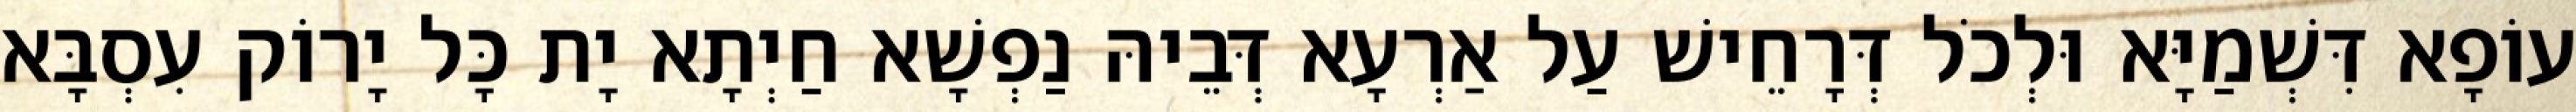
עוֹפָא דִּשְׁמַיָּא וּלְכֹל דְּרָחֵישׁ עַל אַרְעָא דְּבֵיהּ נַפְשָׁא חַיְתָא יָת כָּל יָרוֹק עִסְבָּא